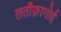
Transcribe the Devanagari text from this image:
लतीफ़ागोई